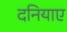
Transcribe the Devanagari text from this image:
दनियाए